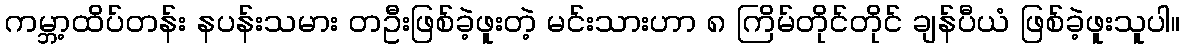
ကမ္ဘာ့ထိပ်တန်း နပန်းသမား တဦးဖြစ်ခဲ့ဖူးတဲ့ မင်းသားဟာ ၈ ကြိမ်တိုင်တိုင် ချန်ပီယံ ဖြစ်ခဲ့ဖူးသူပါ။